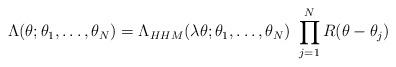
LaTeX: \begin{align*}\Lambda ( \theta;\theta_1,\ldots,\theta_N ) = \Lambda_{HHM} ( \lambda \theta;\theta_1,\ldots,\theta_N ) \ \prod_{j=1}^{N} R( \theta - \theta_{j} )\end{align*}